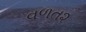
વળત૨